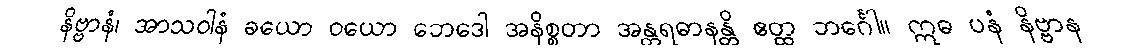
နိဗ္ဗာနံ၊ အာသဝါနံ ခယော ဝယော ဘေဒေါ အနိစ္စတာ အန္တရဓာနန္တိ ဧတ္ထ ဘင်္ဂေါ။ ဣဓ ပနံ နိဗ္ဗာန